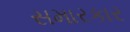
સમારકાર